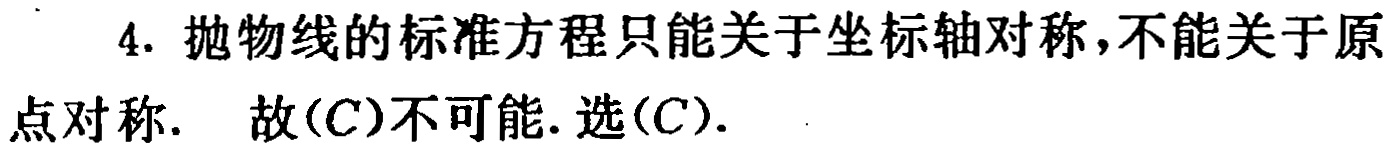
4. 抛物线的标准方程只能关于坐标轴对称，不能关于原点对称. 故\((C)\)不可能. 选\((C)\).